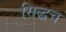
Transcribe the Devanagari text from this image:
सिद्धच